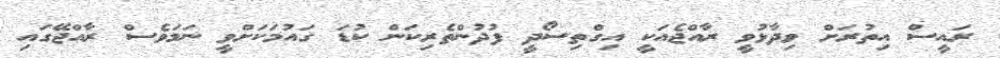
ރައީސް އިތުރަށް ވިދާޅުވީ ރާއްޖެއަކީ އިގްތިސޯދީ ފުދުންތެރިކަން ކުޑަ ގައުމަކަށްވީ ނަމަވެސް ރާއްޖޭގައި